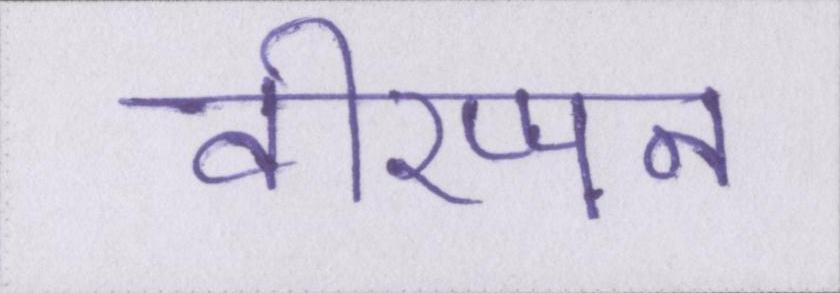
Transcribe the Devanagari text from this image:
वीरप्पन